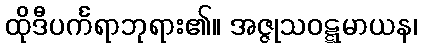
ထိုဒီပင်္ကရာဘုရား၏။ အဇ္ဇုသဝဋ္ဋမာယန၊